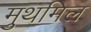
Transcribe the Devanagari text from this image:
मुथमिल